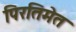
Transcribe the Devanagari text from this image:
पिरतिमेत